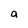
Character: a